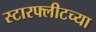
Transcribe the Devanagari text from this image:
स्टारफ्लीटच्या